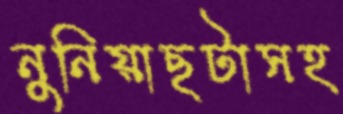
নুনিয়াছটাসহ